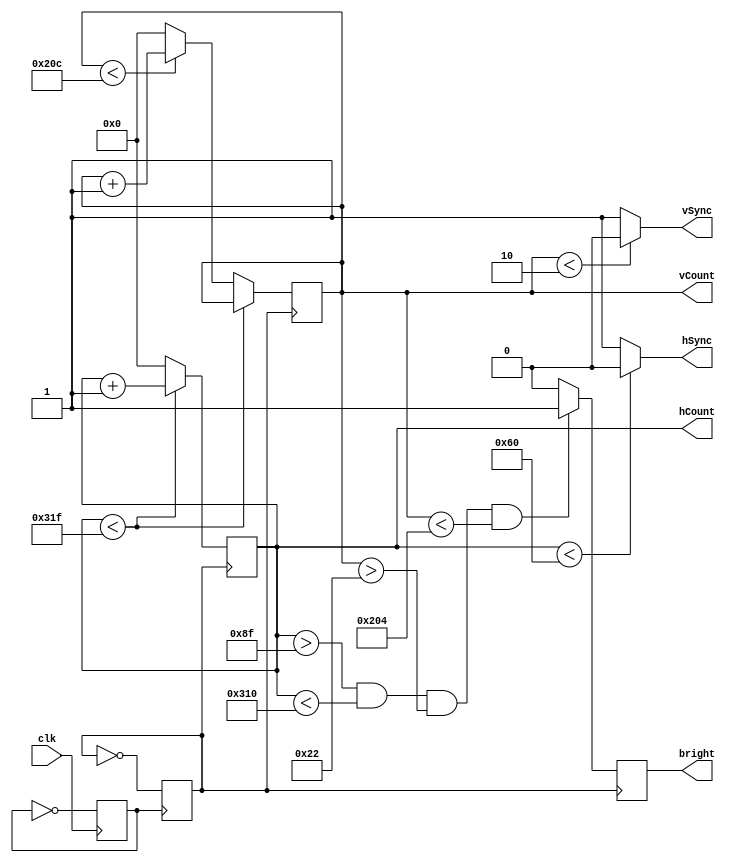
module display_controller(
	input clk,
	output hSync, vSync,
	output reg bright,
	output reg[9:0] hCount, 
	output reg [9:0] vCount // Covers 800, width of the screen, because it's 2^10
	);
	
	reg pulse;
	reg clk25;
	
	initial begin // Set all of them initially to 0
		clk25 = 0;
		pulse = 0;
	end
	
	always @(posedge clk)
		pulse = ~pulse;
	always @(posedge pulse)
		clk25 = ~clk25;
		
	always @ (posedge clk25)
		begin
		if (hCount < 10'd799) //799
			begin
			hCount <= hCount + 1;
			end
		else if (vCount < 10'd524) //524
			begin
			hCount <= 0;
			vCount <= vCount + 1;
			end
		else
			begin
			hCount <= 0;
			vCount <= 0;
			end
		end
		
	assign hSync = (hCount < 96) ? 0:1;
	assign vSync = (vCount < 2) ? 0:1;
		
	always @(posedge clk25)
		begin
		if(hCount > 10'd143 && hCount < 10'd784 && vCount > 10'd34 && vCount < 10'd516) //143 784 34 516
			bright <= 1;
		else
			bright <= 0;
		end	
		
endmodule